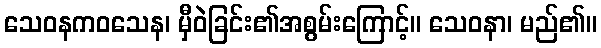
သေဝနကဝသေန၊ မှီဝဲခြင်း၏အစွမ်းကြောင့်။ သေဝနာ၊ မည်၏။